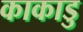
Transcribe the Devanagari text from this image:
काकाडु